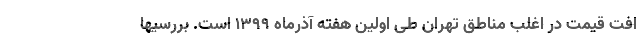
افت قیمت در اغلب مناطق تهران طی اولین هفته آذرماه ۱۳۹۹ است. بررسیها